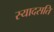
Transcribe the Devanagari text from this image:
स्यादसति